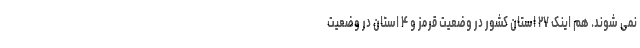
نمی شوند. هم اینک ۲۷ استان کشور در وضعیت قرمز و ۴ استان در وضعیت